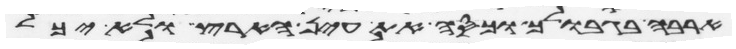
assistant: ארבה בגבולך וכסה את עין הארץ ולא יכל